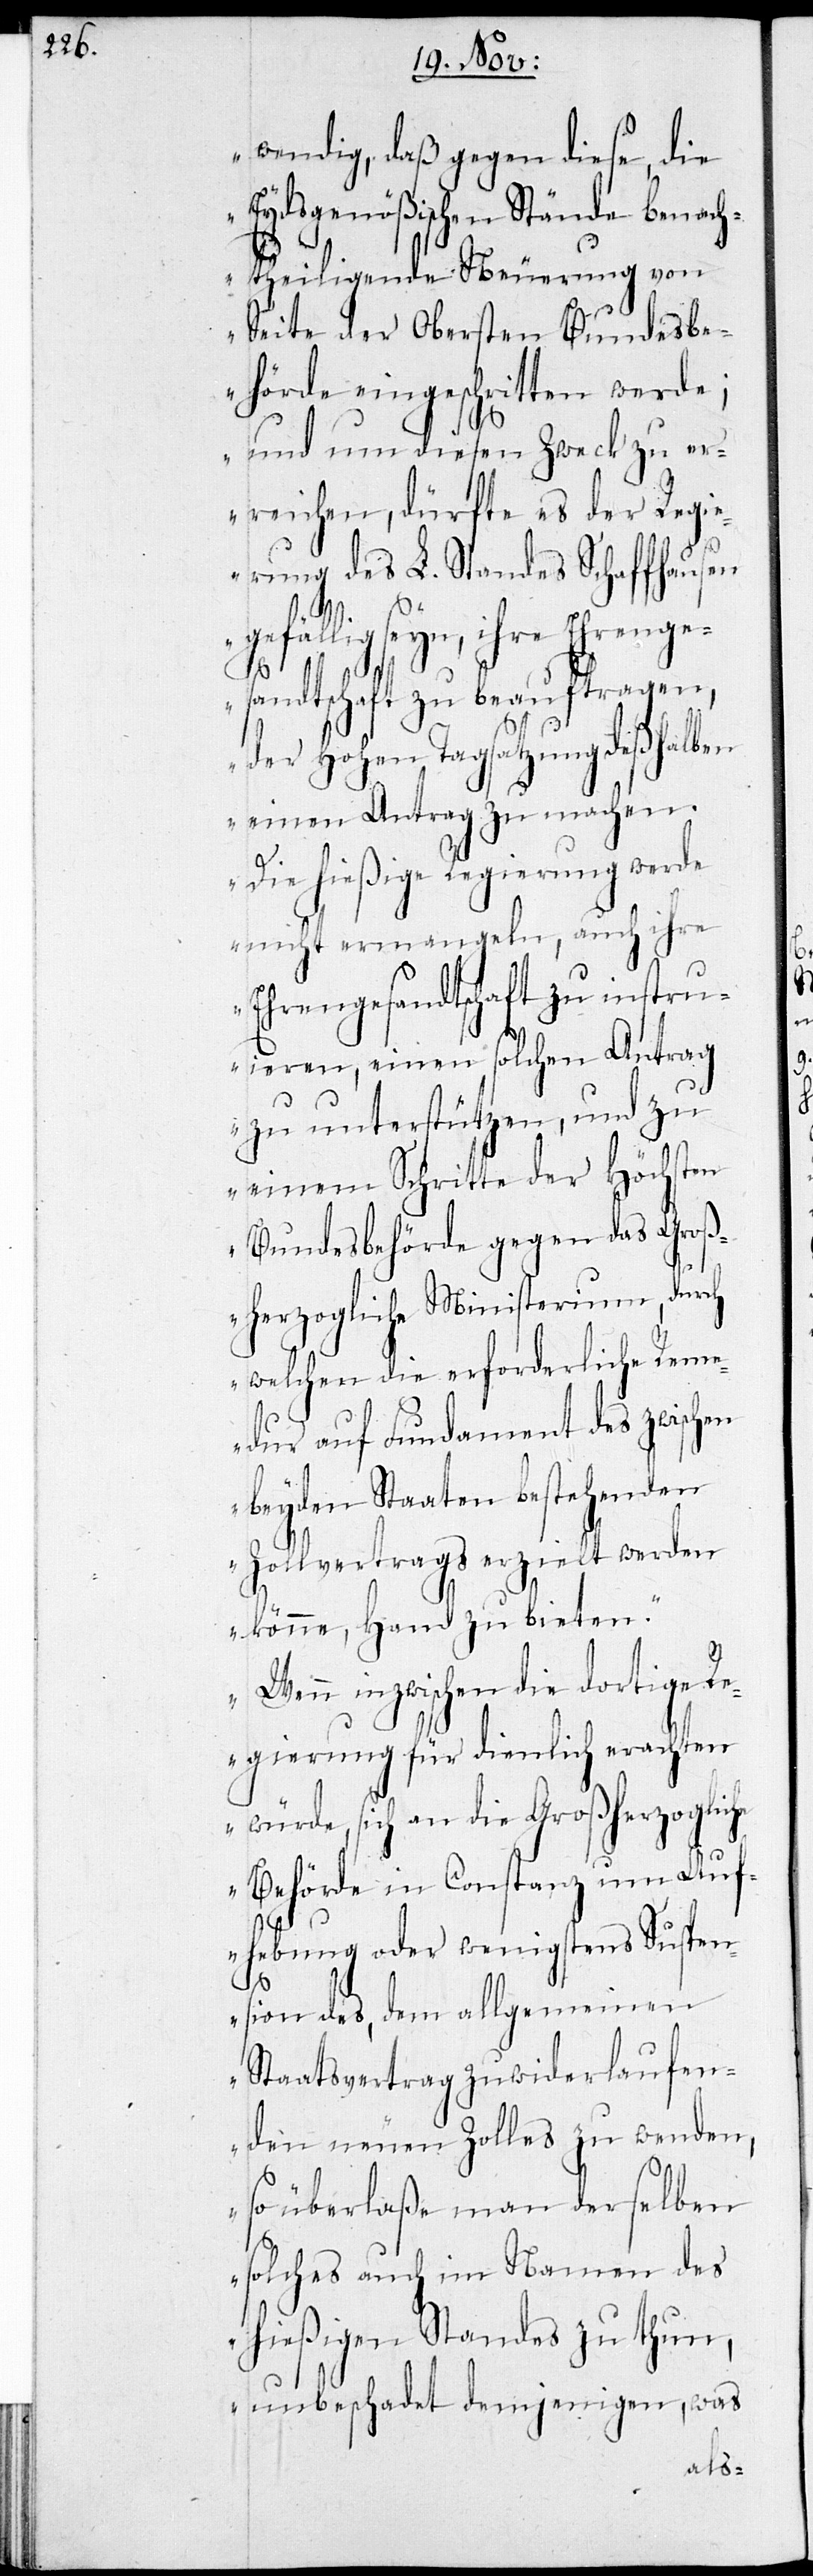
wendig, daß gegen diese, die
Eydsgenößischen Stände benach¬
theiligende Neuerung von
Seite der Obersten Bundesbe¬
hörde eingeschritten werde;
und um diesen Zweck zu er¬
reichen, dürfte es der Regi¬
erung des L. Standes Schaffhausen
gefällig seyn, ihre Ehrenge¬
sandtschaft zu beauftragen,
der Hohen Tagsatzung deßhalben
einen Antrag zu machen.
Die hießige Regierung werde
nicht ermangeln, auch ihre
Ehrengesandtschaft zu instru¬
ieren, einen solchen Antrag
zu unterstützen, und zu
einem Schritte der Höchsten
Bundesbehörde gegen das Groß¬
herzogliche Ministerium, durch
welchen die erforderliche Rem¬
edur auf Fundament des zwischen
beyden Staaten bestehenden
Zollertrags erzielt werden
könne, Hand zu bieten.
Wenn inzwischen die dortige
Regierung für dienlich erachten
würde, sich an die Großherzogliche
Behörde in Constanz um Auf¬
hebung oder wenigstens Suspen¬
sion des, dem allgemeinen
Staatsvertrag zuwiderlaufen¬
den neuen Zolles zu wenden,
so überlaße man derselben
solches auch im Namen des
hießigen Standes zu thun,
unbeschadet demjenigen, was